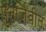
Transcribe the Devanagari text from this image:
पुनर्जिवीत